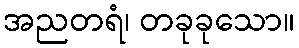
အညတရံ၊ တခုခုသော။